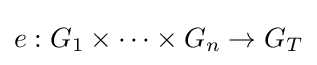
e:G_{1}\times \cdots \times G_{n}\rightarrow G_{T}